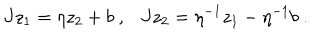
J z _ { 1 } = \eta z _ { 2 } + b ~ , J z _ { 2 } = \eta ^ { - 1 } z _ { 1 } - \eta ^ { - 1 } b ~ .